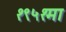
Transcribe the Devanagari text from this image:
१९५१मा